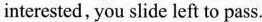
interested, you slide left to pass.